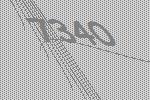
7340